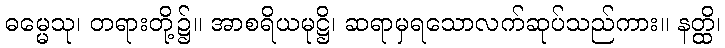
ဓမ္မေသု၊ တရားတို့၌။ အာစရိယမုဋ္ဌိ၊ ဆရာမှရသောလက်ဆုပ်သည်ကား။ နတ္ထိ၊